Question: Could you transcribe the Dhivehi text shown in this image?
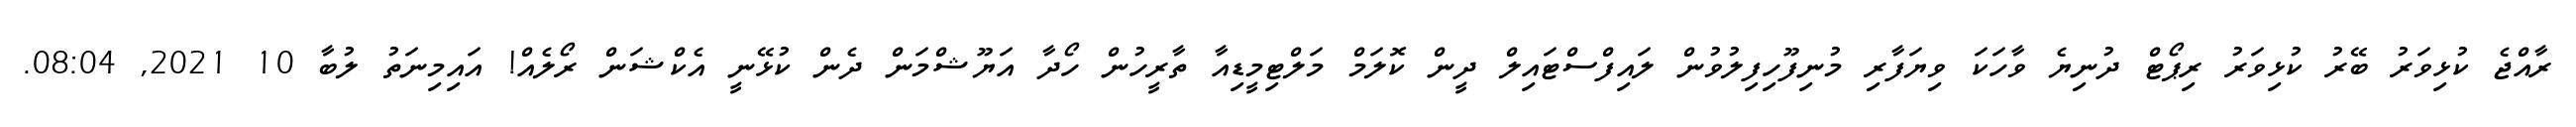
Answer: ރާއްޖެ ކުޅިވަރު ބޭރު ކުޅިވަރު ރިޕޯޓް ދުނިޔެ ވާހަކަ ވިޔަފާރި މުނިފޫހިފިލުވުން ލައިފްސްޓައިލް ދީން ކޮލަމް މަލްޓިމީޑިއާ ތާރީހުން ހޯދާ އަޔޫޝްމަން ދެން ކުޅޭނީ އެކްޝަން ރޯލެއް! އައިމިނަތު ލުބާ 10 2021, 08:04.